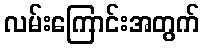
လမ်းကြောင်းအတွက်